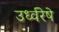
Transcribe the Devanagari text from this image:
उर्ध्वरेषे